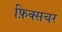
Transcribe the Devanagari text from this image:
फ़िक्सचर